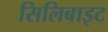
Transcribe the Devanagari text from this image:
सिलिबाइट